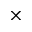
\times